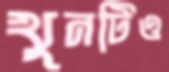
খুনটিও